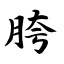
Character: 胯